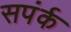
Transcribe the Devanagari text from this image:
सपंर्क